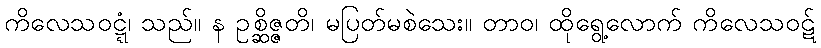
ကိလေသဝဋ္ဋံ၊ သည်။ န ဥစ္ဆိဇ္ဇတိ၊ မပြတ်မစဲသေး။ တာဝ၊ ထိုရွေ့လောက် ကိလေသဝဋ်